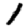
Digit: 1